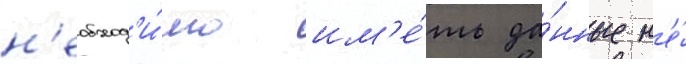
н'еобход'и́мо им'е́ть да́нные н'е́